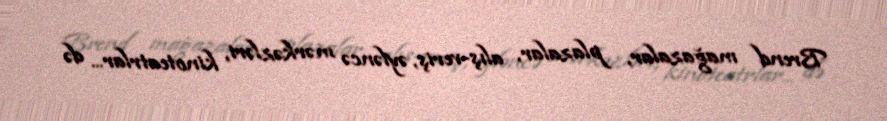
Brend mağazalar, plazalar, alış-veriş, əyləncə mərkəzləri, kinoteatrlar... də